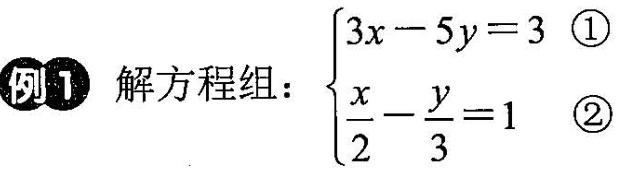
例1 解方程组：$$\begin{cases}3x-5y=3①\\\frac{x}{2}- \frac{y}{3}=1②\end{cases}$$